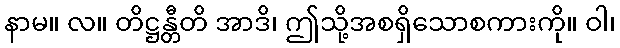
နာမ။ လ။ တိဋ္ဌန္တီတိ အာဒိ၊ ဤသို့အစရှိသောစကားကို။ ဝါ၊